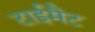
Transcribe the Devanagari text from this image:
टाईमैट